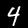
Label: 4